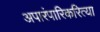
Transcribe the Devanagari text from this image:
अपारंपारिकरित्या